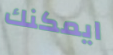
ايمكنك